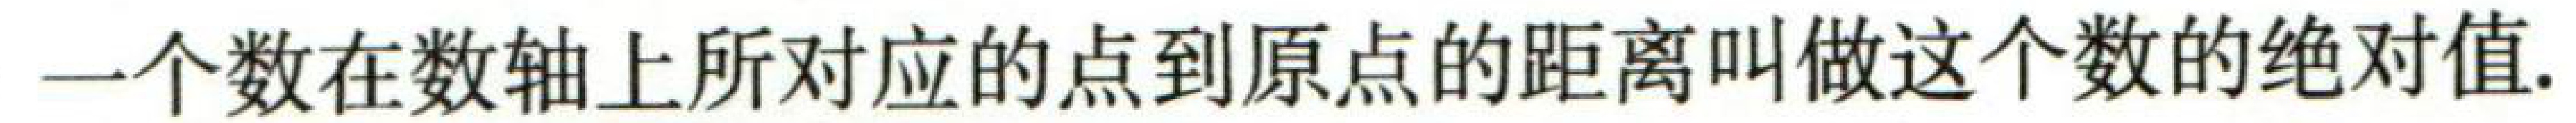
一个数在数轴上所对应的点到原点的距离叫做这个数的绝对值.